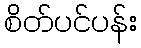
စိတ်ပင်ပန်း